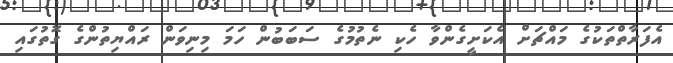
އެފަރާތްތަކުގެ މައްޗަށް އެކަށީގެންވާ ހެކި ނެތުމުގެ ސަބަބުން ހަމަ މިނިވަން ރައްޔިތުންގެ ގޮތުގައި